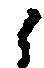
候